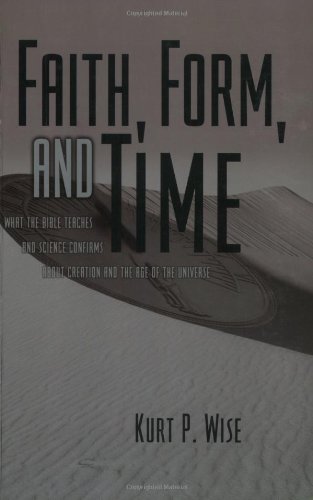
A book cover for Faith, Form, and Time: What the Bible Teaches and Science Confirms about Creation and the Age of the Universe; Kurt Wise; Christian Books & Bibles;